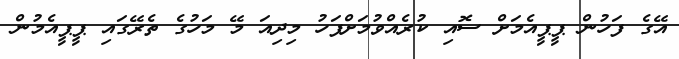
އޭގެ ފަހުން ޕީޕީއެމަށް ސޮއި ކުރެއްވުމަށްފަހު މިދިއަ މޭ މަހުގެ ތެރޭގައި ޕީޕީއެމުން